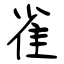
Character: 雀